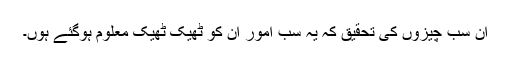
ان سب چیزوں کی تحقیق کہ یہ سب امور ان کو ٹھیک ٹھیک معلوم ہوگئے ہوں۔